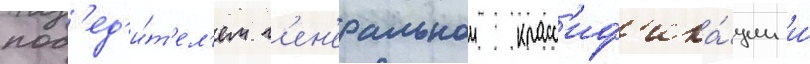
поб'ед'и́т'ел'ем г'ен'еральнои класс'иф'ика́ции и́